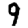
Digit: 9